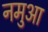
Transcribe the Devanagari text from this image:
नमुआ